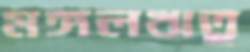
মঙ্গলঋতু